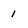
Character: 1